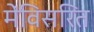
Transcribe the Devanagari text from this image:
मेंविसरित